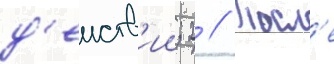
д'еиств'ии; 2 // Посл'е